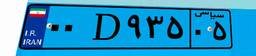
۰۰D۹۳۵۰۵